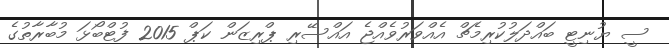
ސީ ޔުނިޓީ ބައްދަލުކުރިމެޗް އެއްވަރުވެއްޖެ އައްސޭރި ޕްރިޒަން ކަޕް 2015 ފުޓްބޯޅަ މުބާރާތުގެ